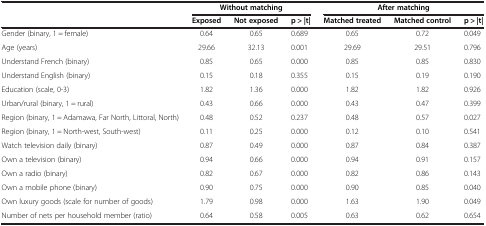
|  | <COLSPAN=3> Without matching | <COLSPAN=3> After matching |
 |  | Exposed | Not exposed | p > |t| | Matched treated | Matched control | p > |t| |
 | --- | --- | --- | --- | --- | --- | --- |
 | Gender (binary, 1 = female) | 0.64 | 0.65 | 0.689 | 0.65 | 0.72 | 0.049 |
 | Age (years) | 29.66 | 32.13 | 0.001 | 29.69 | 29.51 | 0.796 |
 | Understand French (binary) | 0.85 | 0.65 | 0.000 | 0.85 | 0.85 | 0.830 |
 | Understand English (binary) | 0.15 | 0.18 | 0.355 | 0.15 | 0.19 | 0.190 |
 | Education (scale, 0-3) | 1.82 | 1.36 | 0.000 | 1.82 | 1.82 | 0.926 |
 | Urban/rural (binary, 1 = rural) | 0.43 | 0.66 | 0.000 | 0.43 | 0.47 | 0.399 |
 | Region (binary, 1 = Adamawa, Far North, Littoral, North) | 0.48 | 0.52 | 0.237 | 0.48 | 0.57 | 0.027 |
 | Region (binary, 1 = North-west, South-west) | 0.11 | 0.25 | 0.000 | 0.12 | 0.10 | 0.541 |
 | Watch television daily (binary) | 0.87 | 0.49 | 0.000 | 0.87 | 0.84 | 0.387 |
 | Own a television (binary) | 0.94 | 0.66 | 0.000 | 0.94 | 0.91 | 0.157 |
 | Own a radio (binary) | 0.82 | 0.67 | 0.000 | 0.82 | 0.86 | 0.143 |
 | Own a mobile phone (binary) | 0.90 | 0.75 | 0.000 | 0.90 | 0.85 | 0.040 |
 | Own luxury goods (scale for number of goods) | 1.79 | 0.98 | 0.000 | 1.63 | 1.90 | 0.049 |
 | Number of nets per household member (ratio) | 0.64 | 0.58 | 0.005 | 0.63 | 0.62 | 0.654 |